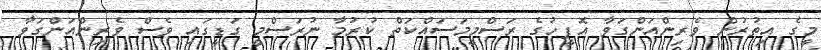
މީގެ އިތުރުން ވެރިންއަންގަވާ އޮފީހުގެ ރަސްމީމަސައްކަތް ކުރުމާ ނުރަސްމީ ގަޑީގައި ވެސް ވެރިންއަންގަވާ